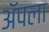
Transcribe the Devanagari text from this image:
अॅपला